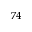
^ { 7 4 }